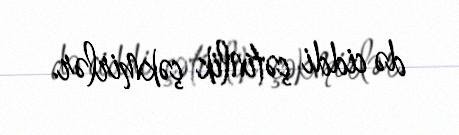
də ciddi çətinlik çəkmirlər.